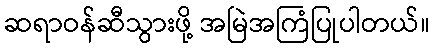
ဆရာဝန်ဆီသွားဖို့ အမြဲအကြံပြုပါတယ်။